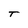
Character: T